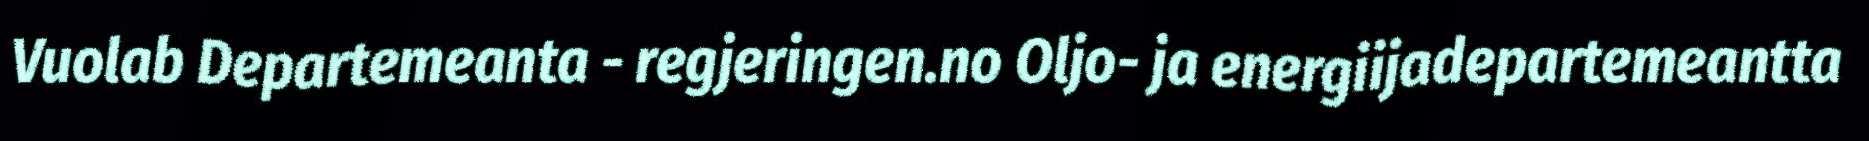
Vuolab Departemeanta - regjeringen.no Oljo- ja energiijadepartemeantta